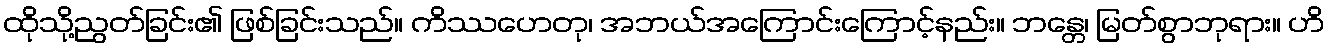
ထိုသို့ညွတ်ခြင်း၏ ဖြစ်ခြင်းသည်။ ကိဿဟေတု၊ အဘယ်အကြောင်းကြောင့်နည်း။ ဘန္တေ၊ မြတ်စွာဘုရား။ ဟိ